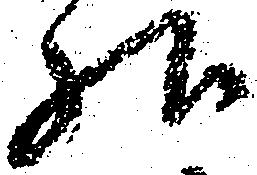
様